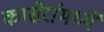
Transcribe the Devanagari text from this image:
कासेरांमध्यें